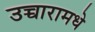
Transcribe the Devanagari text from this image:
उच्चारामधे